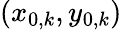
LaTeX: \left(x_{0,k},y_{0,k}\right)